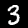
Label: 3